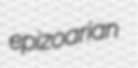
epizoarian